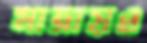
মাত্রায়ও